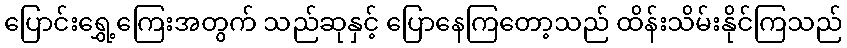
ပြောင်းရွှေ့ကြေးအတွက် သည်ဆုနှင့် ပြောနေကြတော့သည် ထိန်းသိမ်းနိုင်ကြသည်